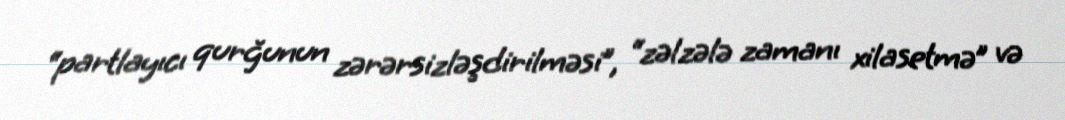
“partlayıcı qurğunun zərərsizləşdirilməsi”, “zəlzələ zamanı xilasetmə” və